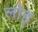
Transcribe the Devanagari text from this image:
लोह्